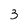
Character: 3